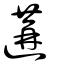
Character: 遘